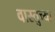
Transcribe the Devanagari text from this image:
वास्तुच्या